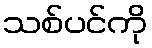
သစ်ပင်ကို